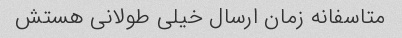
متاسفانه زمان ارسال خیلی طولانی هستش